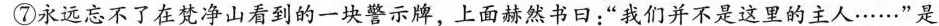
⑦永远忘不了在梵净山看到的一块警示牌，上面赫然书日：”我们并不是这里的主人……”是